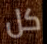
كل